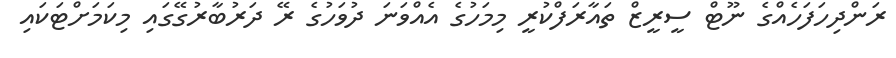
ރަންދިހަފަހެއްގެ ނޫޓް ސީރީޒް ތައާރަފްކުރީ މިމަހުގެ އެއްވަނަ ދުވަހުގެ ރޭ ދަރުބާރުގޭގައި މިކަމަށްޓަކައި